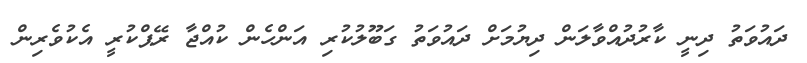
ދައުވަތު ދިނީ ކާރުދުއްވާލަން ދިޔުމަށް ދައުވަތު ގަބޫލުކުރި އަންހެން ކުއްޖާ ރޭޕްކުރީ އެކުވެރިން